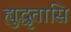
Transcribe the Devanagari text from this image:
ह्युद्धृतासि